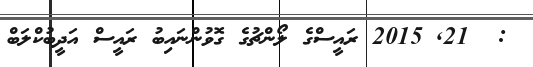
:  21